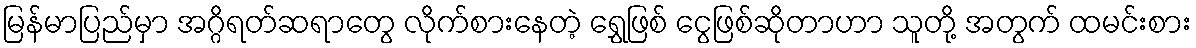
မြန်မာပြည်မှာ အဂ္ဂိရတ်ဆရာတွေ လိုက်စားနေတဲ့ ရွှေဖြစ် ငွေဖြစ်ဆိုတာဟာ သူတို့ အတွက် ထမင်းစား